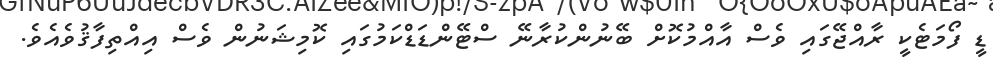
ޑީ ފޯމަޓެކީ ރާއްޖޭގައި ވެސް އާއްމުކޮށް ބޭނުންކުރާނޭ ސްޓޭންޑަޑްކަމުގައި ކޮމިޝަނުން ވެސް އިއްތިފާޤުވެއެވެ.